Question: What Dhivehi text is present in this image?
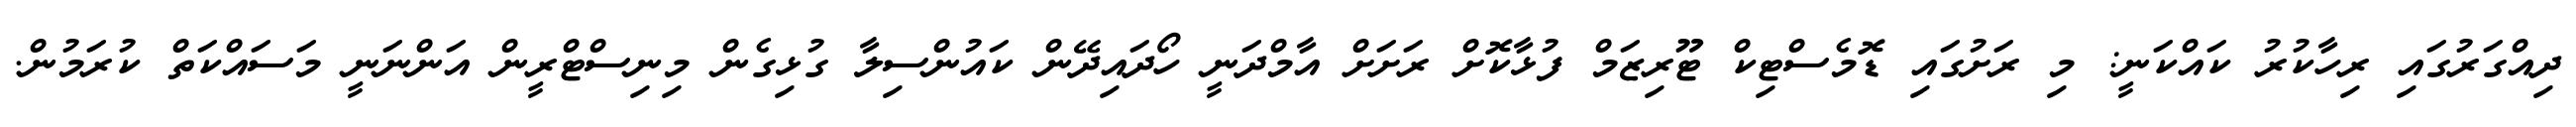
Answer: ދިއްގަރުގައި ރިހާކުރު ކައްކަނީ: މި ރަށުގައި ޑޮމެސްޓިކް ޓޫރިޒަމް ފުޅާކޮށް ރަށަށް އާމްދަނީ ހޯދައިދޭން ކައުންސިލާ ގުޅިގެން މިނިސްޓްރީން އަންނަނީ މަސައްކަތް ކުރަމުން.